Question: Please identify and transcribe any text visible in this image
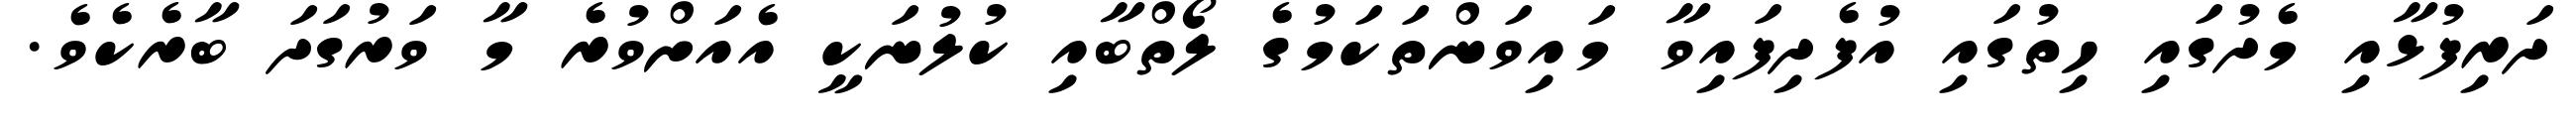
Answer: ދަރިފުޅާއި މެދުގައި ހިތުގައި އުފެދިފައިވާ މައިވަންތަކަމުގެ ލޯތްބާއި ކުލުނަކީ އެއަށްވުރެ މާ ވަރުގަދަ ބާރެކެވެ.